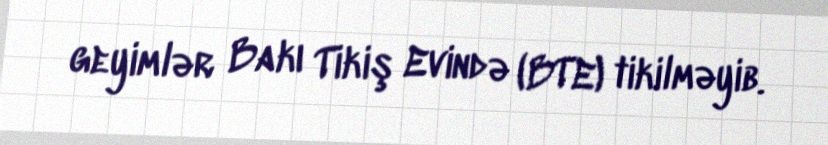
geyimlər Bakı Tikiş Evində (BTE) tikilməyib.